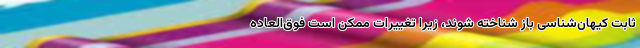
ثابت کیهان‌شناسی باز شناخته شوند، زیرا تغییرات ممکن است فوق‌العاده